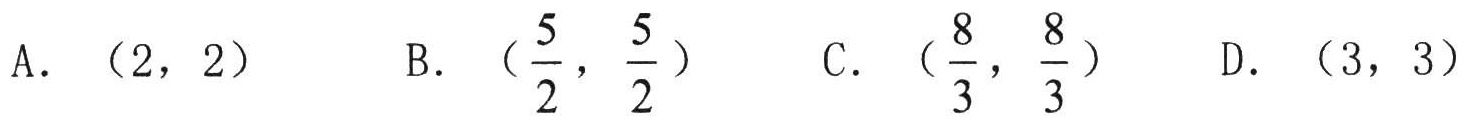
A. \((2,2)\)
B. \((\frac{5}{2},\frac{5}{2})\)
C. \((\frac{8}{3},\frac{8}{3})\)
D. \((3,3)\)